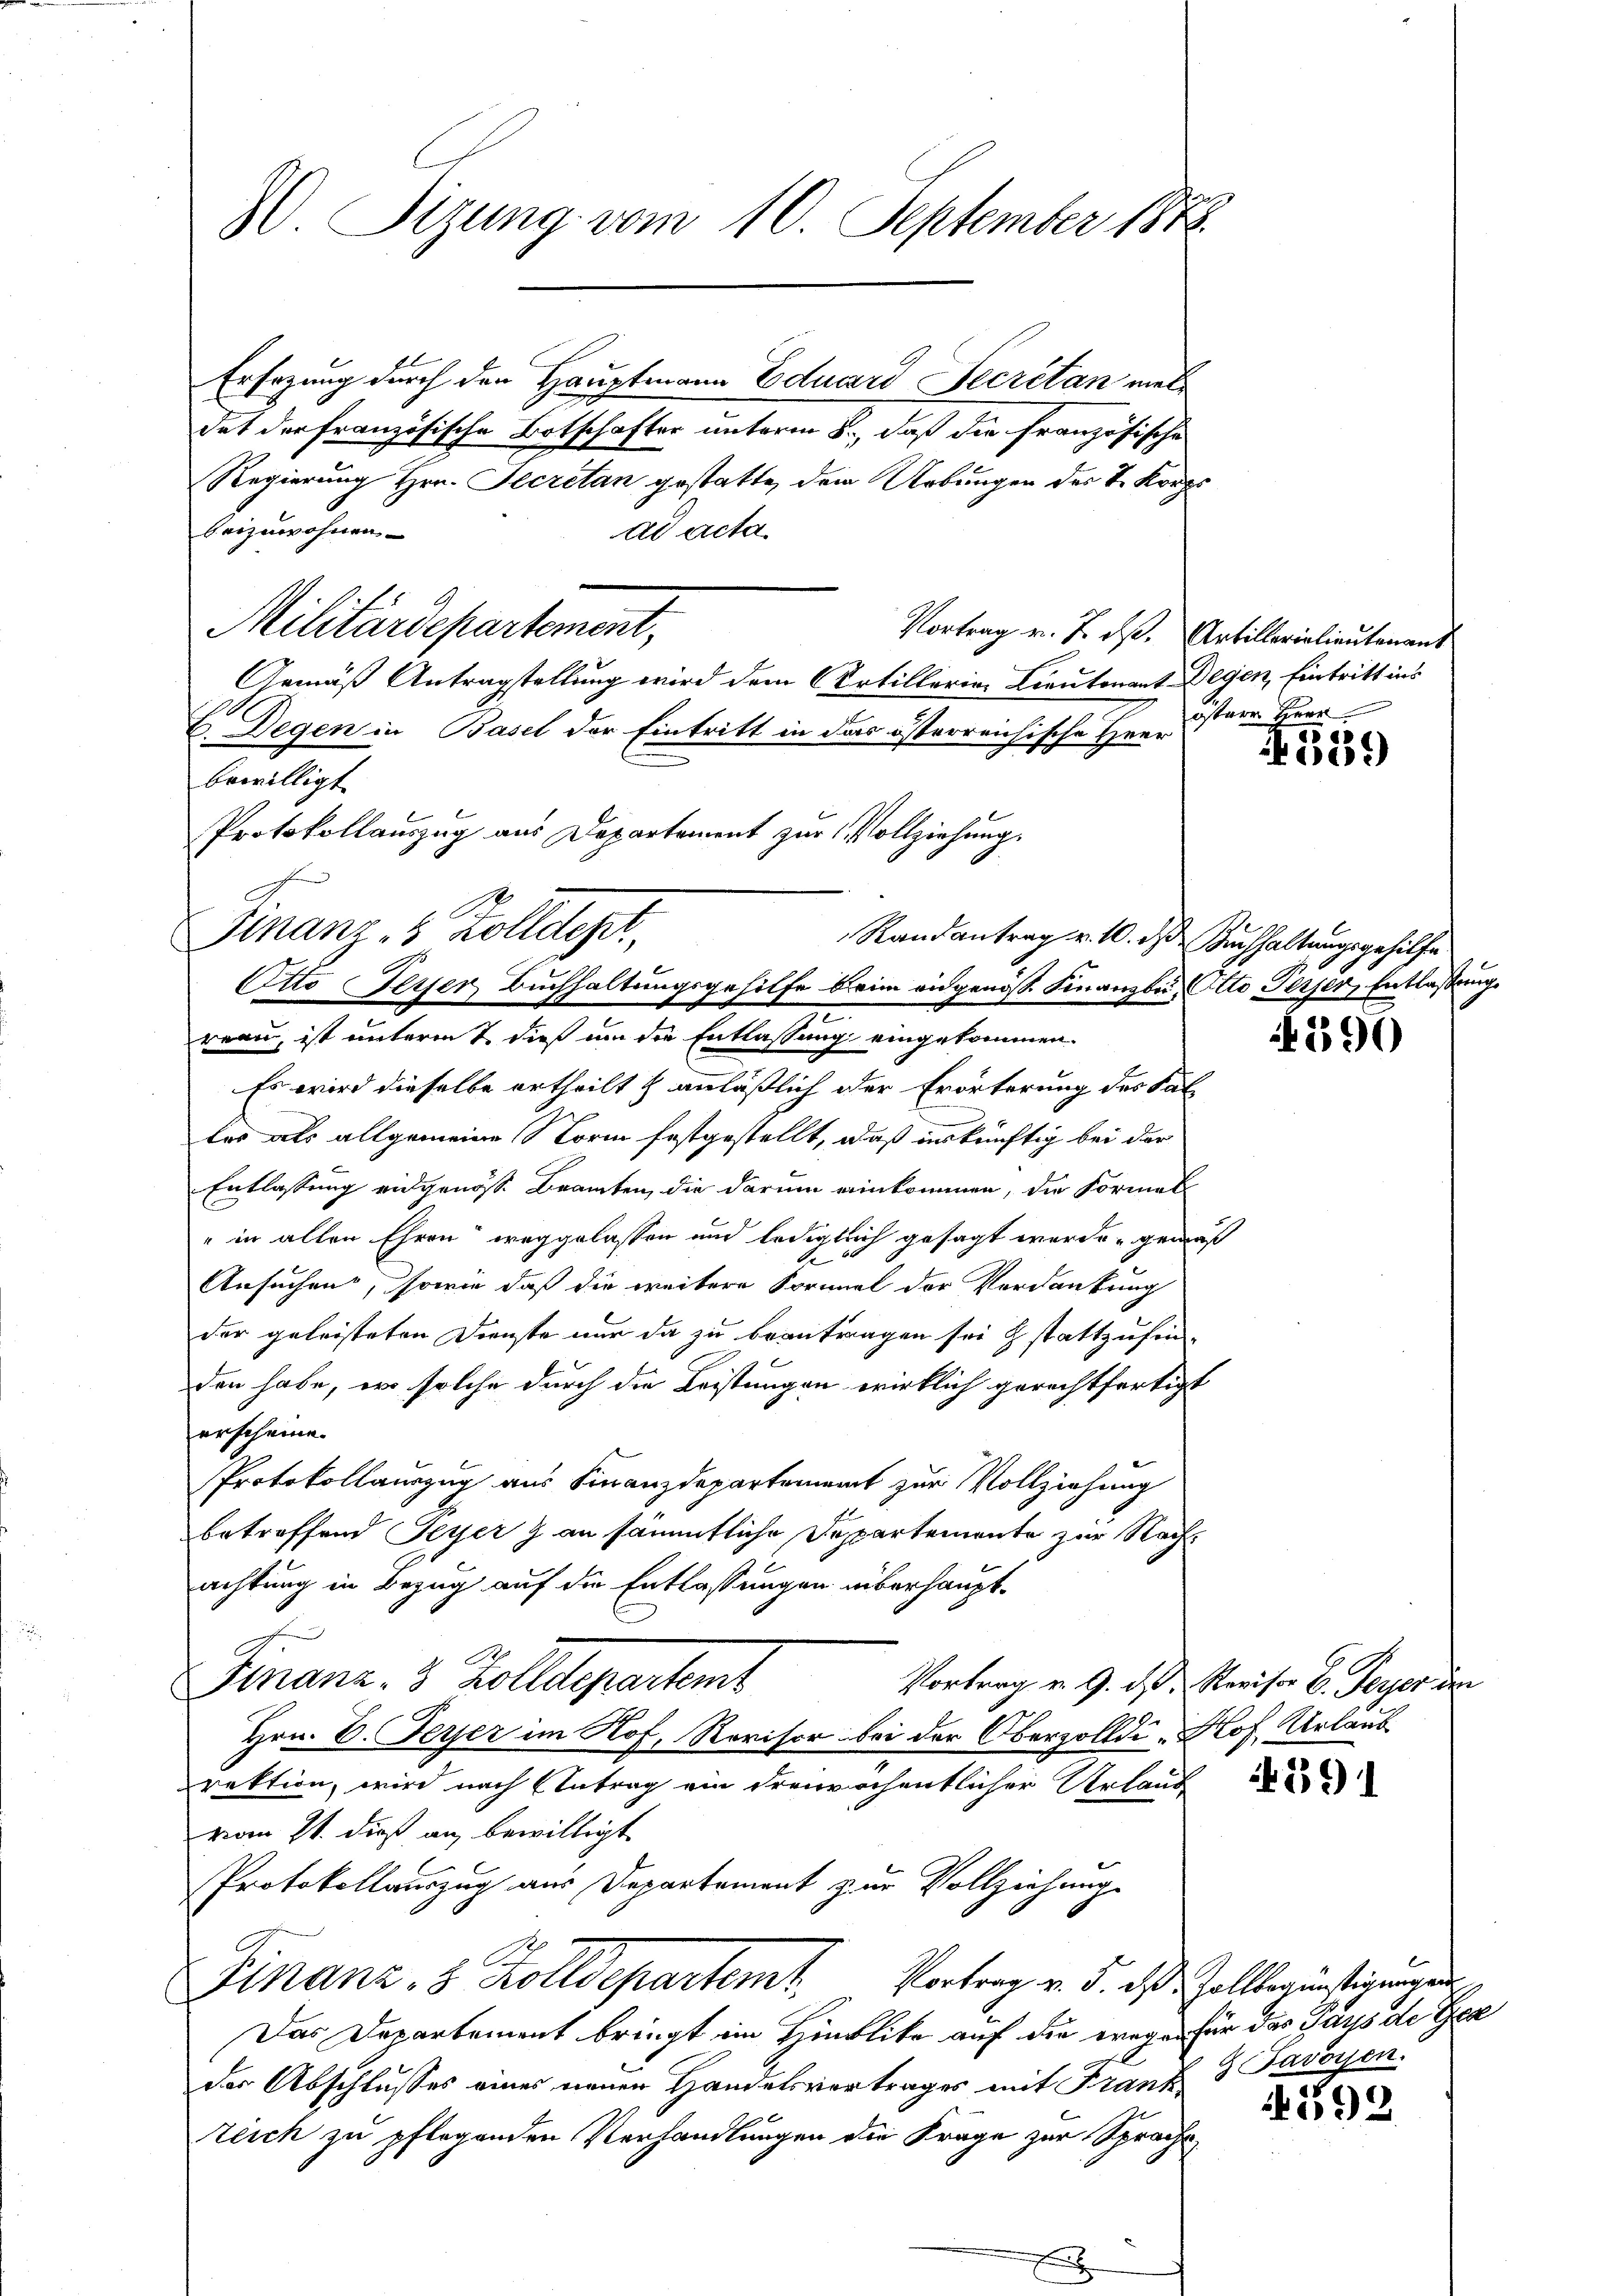
30 Sizung vom 10. September 1848.

Ersezung durch den Hauptmann Eduard Secretan vieldet der französische Botschafter unterm 2., daß die französische
Regierung Hrn. Secretan gestatte, dem Urbungen des V. Korps
beizuwohnen
ad acta
Militärdepartement,
Gemäß Antragstellung wird dem Artillerie Lieutenant Degen, Eintritt ins
E. Degen in Basel der Eintritt in das österreichische Herr
bewilligt.
Randantrag v. 10. ds Buchhaltungsgehilfe
reau, ist unterent dieß um die Entlassung eingekommen.
Es wird dieselbe ertheilt & anläßlich der Erörterung des Fal
tes als allgemeine Form festgestellt, daß unkünftig bei der
Entlassung eidgenöss. Beamten, die darum einkommen, die Formel
" in allen Ehren weggelassen und lediglich gesagt werde, gemäß
s
Ansuchen, sowie daß die weitere Formel der Verdankung
der geleisteten Dienste nur da zu beantragen sei stattzufin
den habe, er solche durch die Leistungen wirklich gerechtfertigt
erscheine.
Protokollauszug aus Finanzdepartement zur Vollziehung
betreffend Feyer & an sämmtliche Departemente zur Nachachtung in Bezug auf die Entlassungen überhaupt¬
Finanz- 3 Zolldepartemt
Vortrag u. 9. ds. Revisor C. Peyer im
Hrn. C. Ferier im Nof, Revisor bei der Oberzolldi- Prof. Urlaub
rektion, wird nach Antrag ein dreirechentlicher Urlaub
vom 21. dieß an, bewilligt
Protokollauszug aus Departement zur Vollziehung
Finanz, 8 Zolldepartemt. Vortrag v. 5. das Zollbegünstigungen
Das Departement bringt im Hinblike auf die wegen für das Pays de Ger
der Abschlusses eines neuen Handelsvertrages mit Franz 3 Favoyen.
Zeich zu pflegenden Verhandlungen die Frage zur Sprache

Protokollauszug aus Departement zur Vollziehung.
Finanz, 5 Zolldept
Otto Peyer Buchhaltungsgehilfe beim eidgenöss. Finanzbu, Otto Perser, Entlassung

Vortrag v. 7. ds. Artillerielieutenant
östere Herr

539

590

291

592